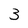
Character: 3